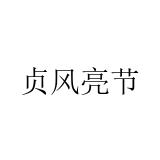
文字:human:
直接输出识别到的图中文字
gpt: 贞风亮节